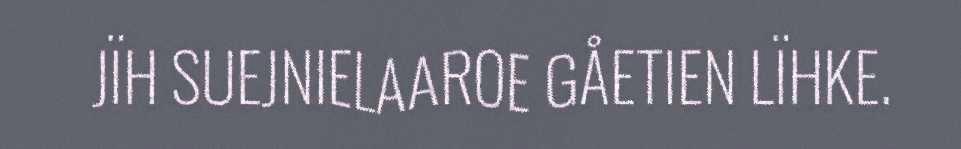
JÏH SUEJNIELAAROE GÅETIEN LÏHKE.